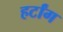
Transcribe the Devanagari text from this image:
हर्टांग